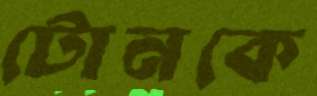
টোনকে